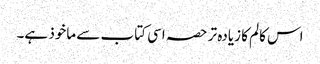
اس کالم کا زیادہ تر حصہ اسی کتاب سے ماخوذ ہے۔